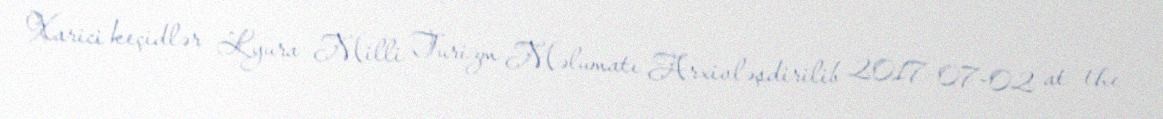
Xarici keçidlər Lyura Milli Turizm Məlumatı Arxivləşdirilib 2017-07-02 at the